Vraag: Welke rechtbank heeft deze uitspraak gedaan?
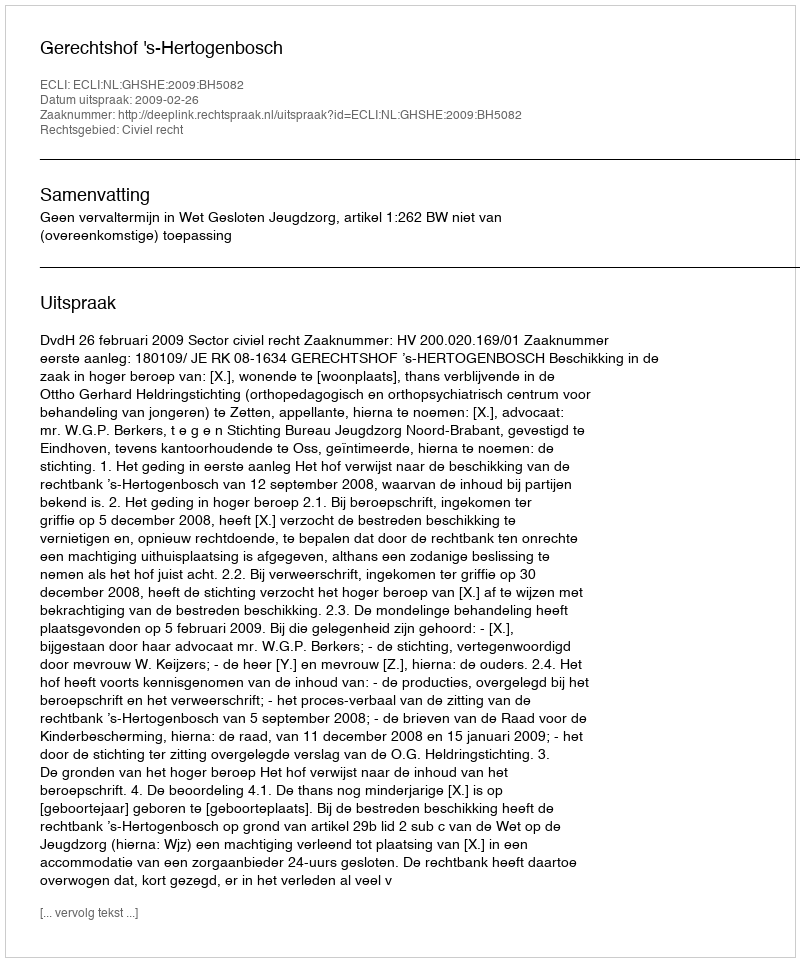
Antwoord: Gerechtshof 's-Hertogenbosch